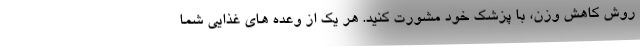
روش کاهش وزن، با پزشک خود مشورت کنید. هر یک از وعده های غذایی شما